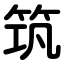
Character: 筑